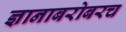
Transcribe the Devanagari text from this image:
ज्ञानाबरोबरच